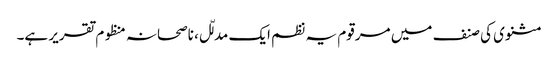
مثنوی کی صنف میں مرقوم یہ نظم ایک مدلّل، ناصحانہ منظوم تقریر ہے۔